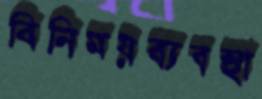
বিনিময়ব্যবস্থা